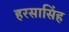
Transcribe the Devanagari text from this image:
हरसासिंह